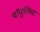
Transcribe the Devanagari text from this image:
पॉपुलिस्ट